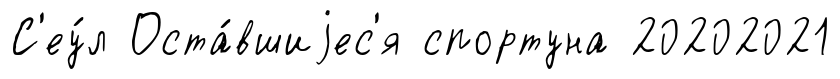
С'еу́л Оста́вшиjес'я спортуна 20202021